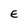
Character: E